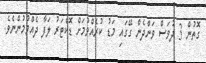
ގޮތުން 3 ދުވަސް ވަންދެން ގޭގައި މަޑު ކުރެއްވުމަށް ޑޮކްޓަރު ލަފާ ދެއްވުމުންނެވެ.